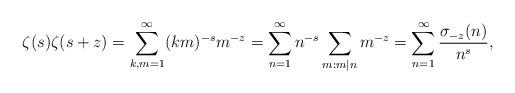
LaTeX: \begin{align*}\zeta(s)\zeta(s+z)&=\sum_{k,m=1}^\infty (km)^{-s} m^{-z} =\sum_{n=1}^\infty n^{-s}\sum_{m: m|n} m^{-z}=\sum_{n=1}^\infty \frac{\sigma_{-z}(n)}{n^s},\end{align*}